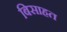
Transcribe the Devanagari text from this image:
बिसाहत